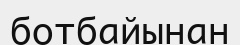
ботбайынан